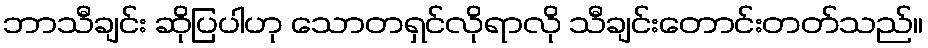
ဘာသီချင်း ဆိုပြပါဟု သောတရှင်လိုရာလို သီချင်းတောင်းတတ်သည်။